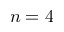
n = 4